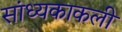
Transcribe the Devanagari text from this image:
सांध्यकाकली